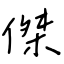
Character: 傑